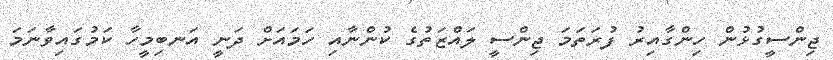
ޖިންސީގުޅުން ހިންގާއިރު ފުރަތަމަ ޖިންސީ ލައްޒަތުގެ ކުންނާއި ހަމައަށް ދަނީ އަނބިމީހާ ކަމުގައިވާނަމަ